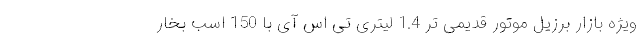
ویژه بازار برزیل موتور قدیمی تر 1.4 لیتری تی اس آی با 150 اسب بخار